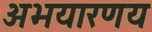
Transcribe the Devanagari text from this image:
अभयारणय